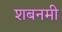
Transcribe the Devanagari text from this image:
शबनमी